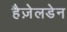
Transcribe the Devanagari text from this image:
हैज़ेलडेन